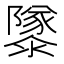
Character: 𱁂